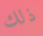
ذلك